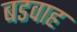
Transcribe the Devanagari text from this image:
बडवाह